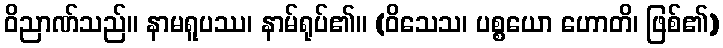
ဝိညာဏ်သည်။ နာမရူပဿ၊ နာမ်ရုပ်၏။ (ဝိသေသ၊ ပစ္စယော ဟောတိ၊ ဖြစ်၏)